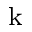
_ \mathrm { k }